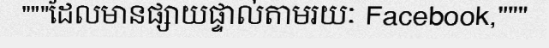
"""ដែលមានផ្សាយផ្ទាល់តាមរយៈ Facebook,"""